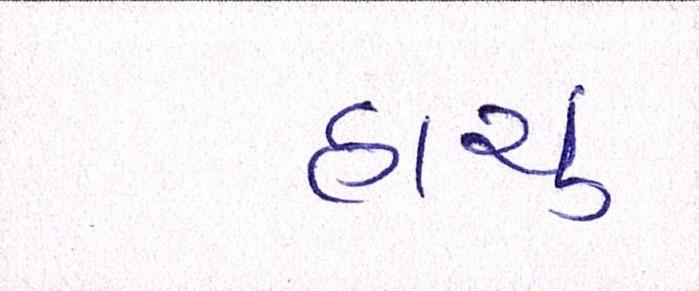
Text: હાચું